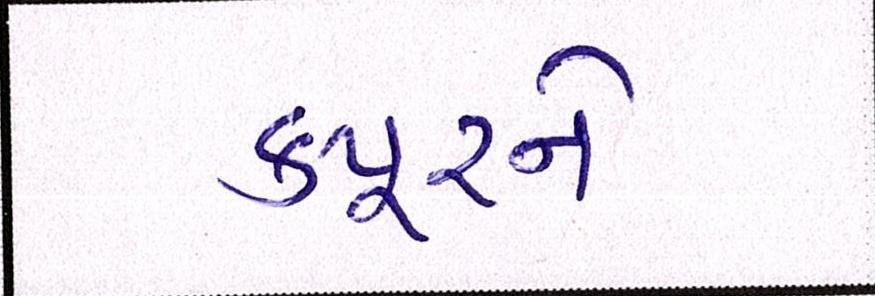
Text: કપૂરને